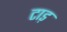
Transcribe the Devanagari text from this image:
टाड़